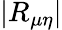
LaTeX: |R_{\mu\eta}|